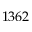
1 3 6 2